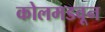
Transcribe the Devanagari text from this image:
कोलमडवून